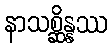
နာသစ္ဆိန္နဿ